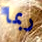
ربما